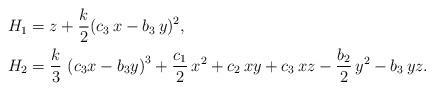
LaTeX: \begin{align*} H_1 &= z+\frac{k}2(c_3\,x-b_3\, y)^2, \\H_2&=\frac{k}3\, \left( c_{3}x-b_{3}y \right)^{3}+\frac{c_1}{2}\,{x}^{2}+c_{2}\,xy+c_{3}\,xz-\frac{b_2}{2}\,{y}^{2}-b_{3}\,yz. \end{align*}